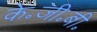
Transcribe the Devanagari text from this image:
के॰जी॰बी॰